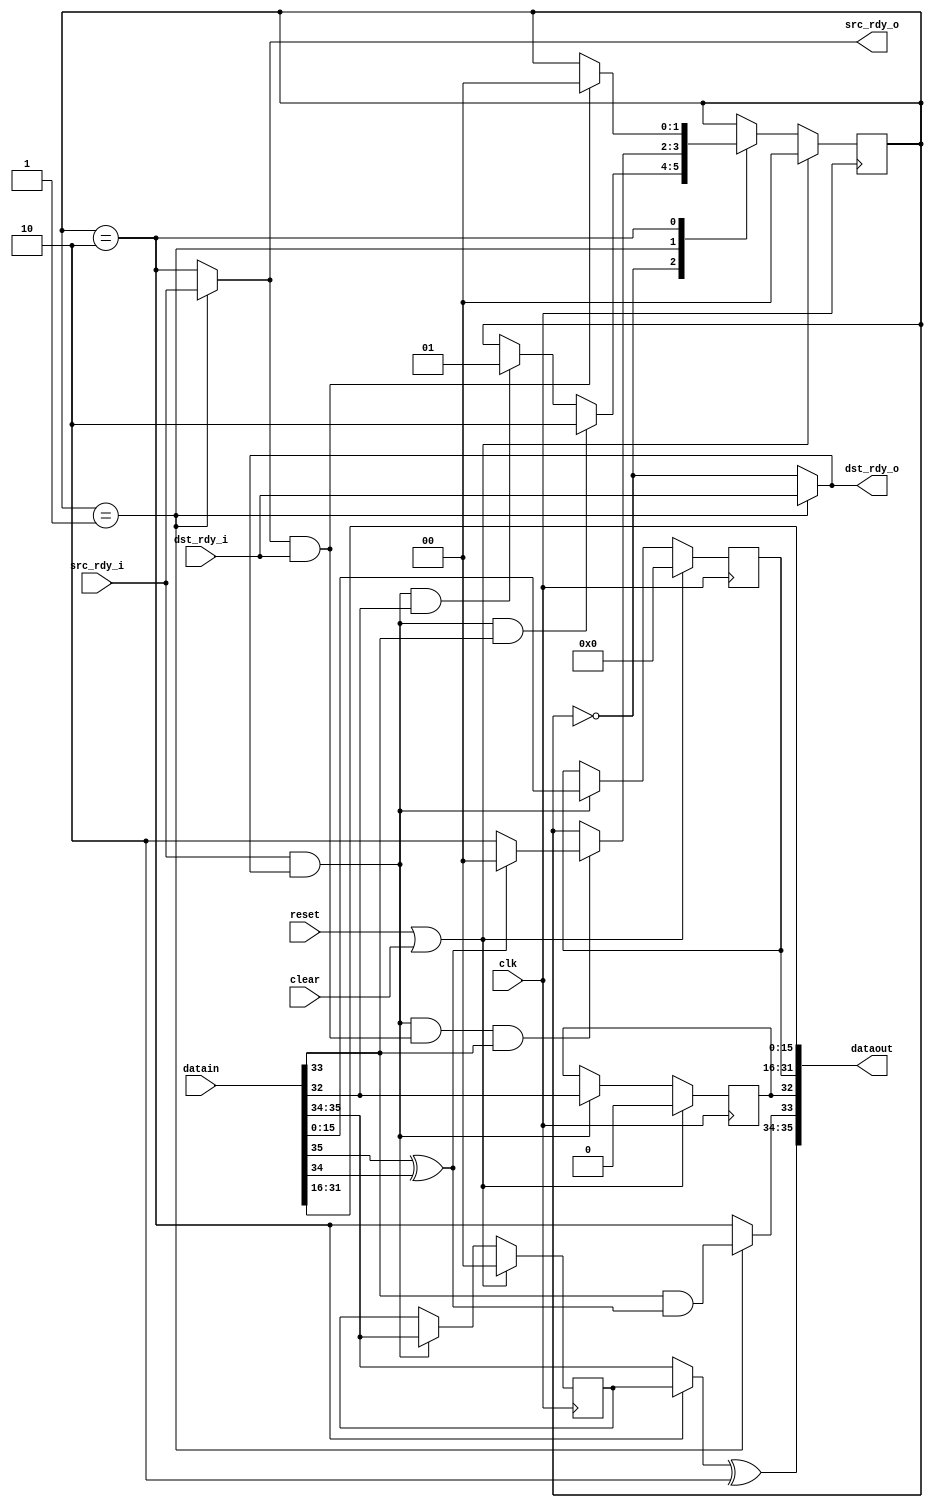
module ethtx_realign
   (input clk, input reset, input clear,
    input [35:0] datain, input src_rdy_i, output dst_rdy_o,
    output [35:0] dataout, output src_rdy_o, input dst_rdy_i);

   reg [1:0] 	  state;
   reg [15:0] 	  held;
   reg [1:0] 	  held_occ;
   reg 		  held_sof;
   
   wire 	  xfer_in = src_rdy_i & dst_rdy_o;
   wire 	  xfer_out = src_rdy_o & dst_rdy_i;

   wire 	  sof_in = datain[32];
   wire 	  eof_in = datain[33];
   wire [1:0] 	  occ_in = datain[35:34];
   wire 	  occ_low = occ_in[1] ^ occ_in[0]; //occ is 1 or 2

   always @(posedge clk)
     if(reset | clear)
       begin
	  held <= 0;
	  held_occ <= 0;
	  held_sof <= 0;
       end
     else if(xfer_in)
       begin
	  held <= datain[15:0];
	  held_occ <= occ_in;
	  held_sof <= sof_in;
       end
   
   localparam RE_IDLE = 0;
   localparam RE_HELD = 1;
   localparam RE_DONE = 2;

   always @(posedge clk)
     if(reset | clear)
       state <= RE_IDLE;
     else
       case(state)
	 RE_IDLE :
	   if(xfer_in & eof_in)
	     state <= RE_DONE;
	   else if(xfer_in & sof_in)
	     state <= RE_HELD;

	 RE_HELD :
	   if(xfer_in & xfer_out & eof_in)
	     if(occ_low)
	       state <= RE_IDLE;
	     else
	       state <= RE_DONE;

	 RE_DONE :
	   if(xfer_out)
	     state <= RE_IDLE;
	 
       endcase // case (state)

   wire sof_out = held_sof;
   wire eof_out = (state == RE_HELD)? (eof_in & occ_low) : (state == RE_DONE);
   wire [1:0] occ_out = ((state == RE_DONE)? held_occ : occ_in) ^ 2'b10; //(occ + 2)%4

   assign dataout = {occ_out,eof_out,sof_out,held,datain[31:16]};
   assign src_rdy_o = (state == RE_HELD)? src_rdy_i : (state == RE_DONE);
   assign dst_rdy_o = (state == RE_HELD)? dst_rdy_i : (state == RE_IDLE);

endmodule